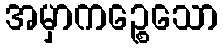
အမှာကဉ္စေသော